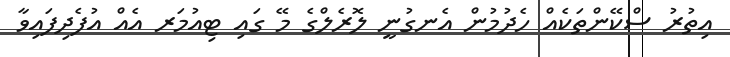
އިތުރު ސްކޭންތަކެއް ހެދުމުން އެނގުނީ ލޮރެލްގެ މޭ ގައި ޓިއުމަރ އެއް އުފެދިފައިވާ